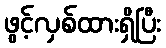
ဖွင့်လှစ်ထားရှိပြီး